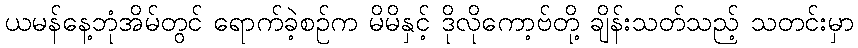
ယမန်နေ့ဘုံအိမ်တွင် ရောက်ခဲ့စဉ်က မိမိနှင့် ဒိုလိုကော့ဗ်တို့ ချိန်းသတ်သည့် သတင်းမှာ